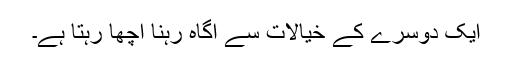
ایک دوسرے کے خیالات سے آگاہ رہنا اچھا رہتا ہے۔